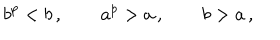
b ^ { p } < b \, , \qquad a ^ { p } > a \, , \qquad b > a \, ,